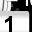
Digit: 1